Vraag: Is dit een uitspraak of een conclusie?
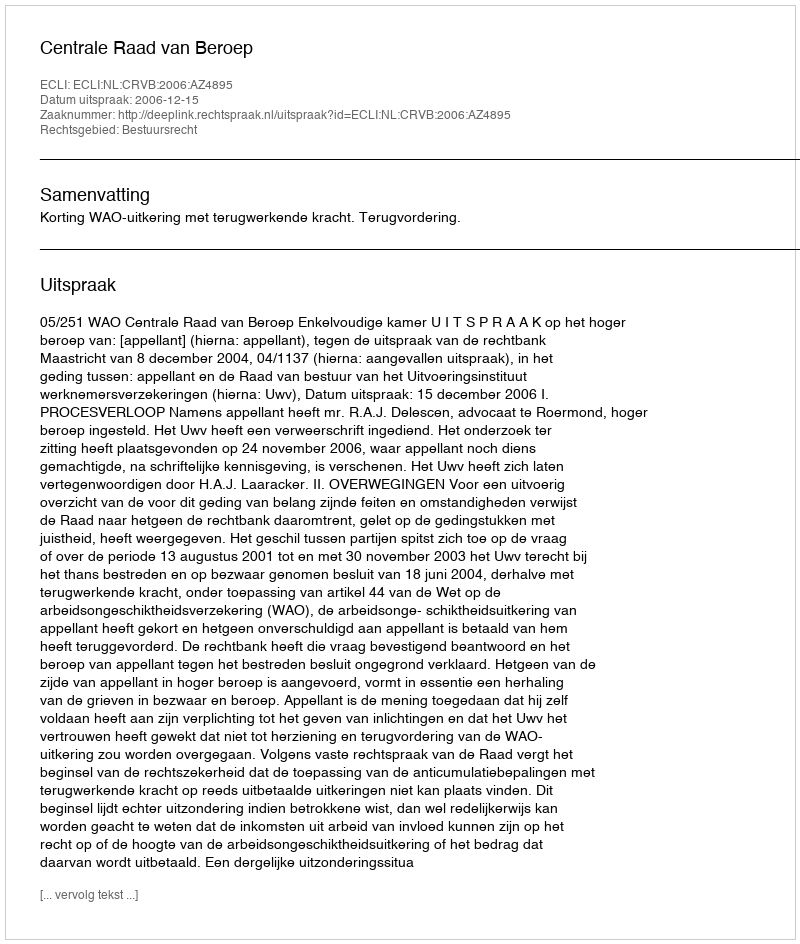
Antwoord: Uitspraak